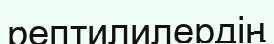
рептилилердің